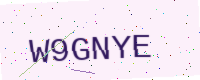
Text: W9GNYE